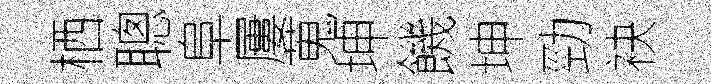
栖聰阜屢蒐坤饑坤勁袂